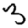
Digit: 3